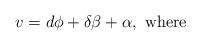
LaTeX: \begin{align*} v=d\phi+\delta\beta+\alpha,\ \mathrm{where}\end{align*}